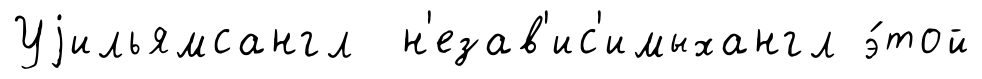
Уjильямсангл н'езав'ис'имыхангл э́той